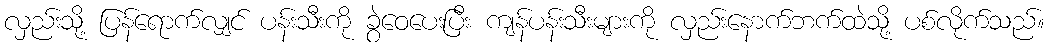
လှည်းသို့ ပြန်ရောက်လျှင် ပန်းသီးကို ခွဲဝေပေးပြီး ကျန်ပန်းသီးများကို လှည်းနောက်ဘက်ထဲသို့ ပစ်လိုက်သည်။